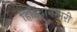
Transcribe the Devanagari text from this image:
हिडिंबानगारी